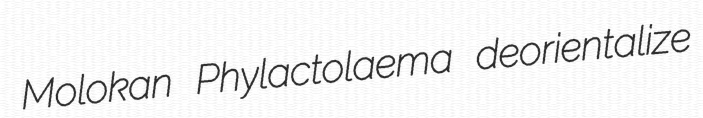
Molokan Phylactolaema deorientalize